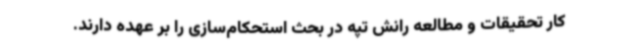
کار تحقیقات و مطالعه رانش تپه در بحث استحکام‌سازی را بر عهده دارند.